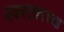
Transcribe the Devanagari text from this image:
एकाएकाच्या